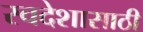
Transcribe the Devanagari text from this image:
स्वदेशासाठी